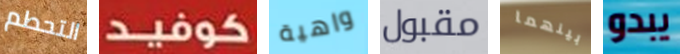
التحطم كوفيد واهية مقبول بينهما يبدو